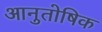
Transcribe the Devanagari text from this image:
आनुतोषिक